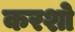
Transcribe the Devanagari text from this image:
करशो